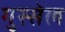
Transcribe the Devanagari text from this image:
गुस्सेल